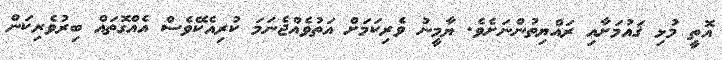
އޮތީ މުޅި ޤައުމަށާއި ރައްޔިތުންނަށެވެ. ޔާމީނު ވެރިކަމަށް އަތުވެއްޖެނަމަ ކުރިއެކޭވެސް އެއްގޮތައް ބިރުވެރިކަން